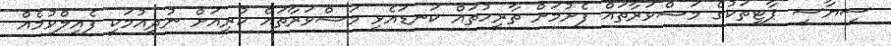
ސިޔާސީ ޕާޓީތަކުގެ މަޝްވަރާތައް ފެށުމަށް ތާރީހުތައް ކަނޑައެޅި މަޝްވަރާތައް ކުރިއަށް ނުދިއުމަކީ ފެއިލްވުމެއް